Leprosy in India: report of the Leprosy Commission in India, 1890-91
Year: 1890
Disease focus: Leprosy
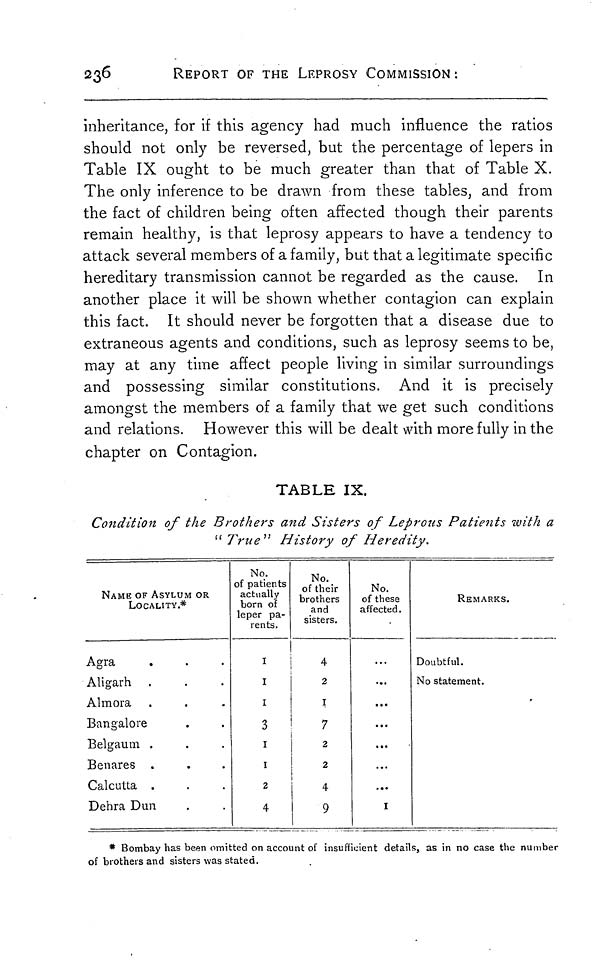
236
REPORT OF THE LEPROSY COMMISSION :
inheritance, for if this agency had much influence the ratios
should not only be reversed, but the percentage of lepers in
Table IX ought to be much greater than that of Table X.
The only inference to be drawn from these tables, and from
the fact of children being often affected though their parents
remain healthy, is that leprosy appears to have a tendency to
attack several members of a family, but that a legitimate specific
hereditary transmission cannot be regarded as the cause. In
another place it will be shown whether contagion can explain
this fact. It should never be forgotten that a disease due to
extraneous agents and conditions, such as leprosy seems to be,
may at any time affect people living in similar surroundings
and possessing similar constitutions. And it is precisely
amongst the members of a family that we get such conditions
and relations. However this will be dealt with more fully in the
chapter on Contagion.
TABLE IX.
Condition of the Brothers and Sisters of Leprous Patients with a
" True" History of Heredity.
NAME OF ASYLUM OR
LOCALITY.*
Agra
Aligarh
Almora
Bangalore
Belgaum .
Benares .
Calcutta .
Dehra Dun
No.
of patients
actually
born of
leper pa-
rents.
I
I
I
3
1
1
2
4
No.
of their
brothers
and
sisters.
2
I
7
2
2
4
9
No.
of these
affected.
...
...
...
...
...
...
I
REMARKS.
Doubtful.
No statement.
* Bombay has been omitted on account of insufficient details, as in no case the number
of brothers and sisters was stated.